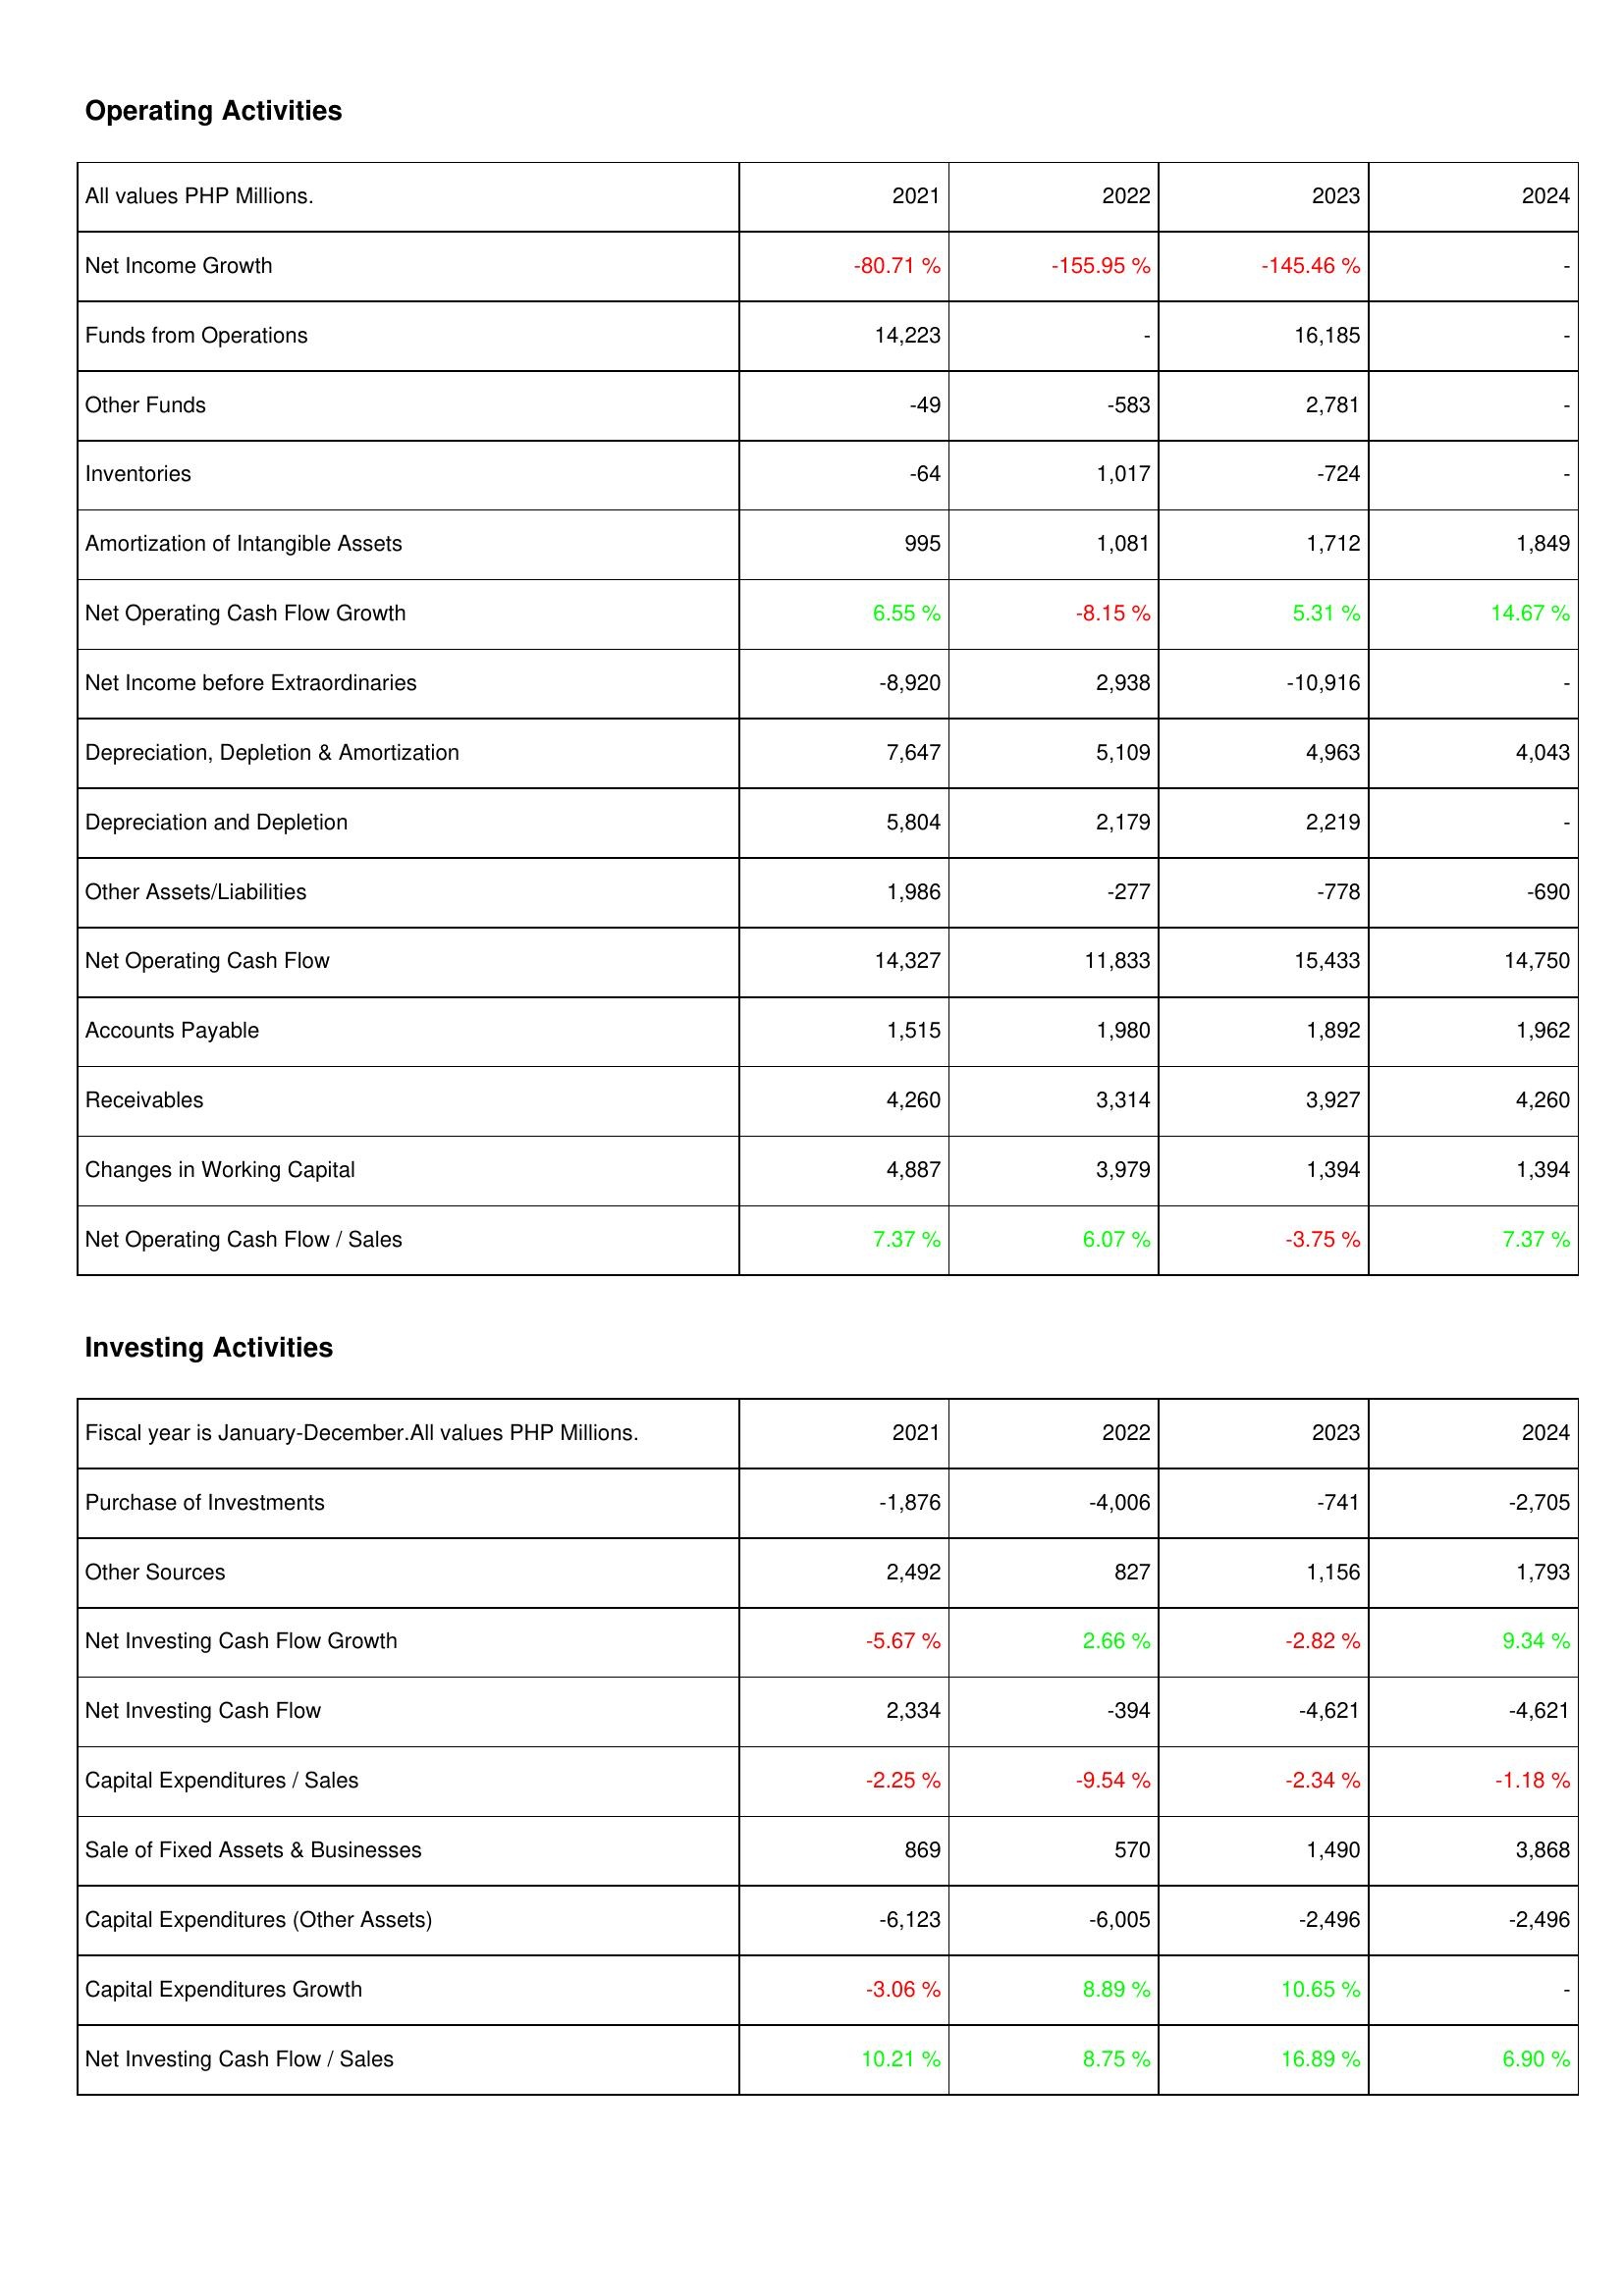
2021: Operating Activities: Net Income Growth: -80.71 %
Funds from Operations: 14,223
Other Funds: -49
Inventories: -64
Amortization of Intangible Assets: 995
Net Operating Cash Flow Growth: 6.55 %
Net Income before Extraordinaries: -8,920
Depreciation, Depletion & Amortization: 7,647
Depreciation and Depletion: 5,804
Other Assets/Liabilities: 1,986
Net Operating Cash Flow: 14,327
Accounts Payable: 1,515
Receivables: 4,260
Changes in Working Capital: 4,887
Net Operating Cash Flow / Sales: 7.37 %
Investing Activities: Purchase of Investments: -1,876
Other Sources: 2,492
Net Investing Cash Flow Growth: -5.67 %
Net Investing Cash Flow: 2,334
Capital Expenditures / Sales: -2.25 %
Sale of Fixed Assets & Businesses: 869
Capital Expenditures (Other Assets): -6,123
Capital Expenditures Growth: -3.06 %
Net Investing Cash Flow / Sales: 10.21 %
2022: Operating Activities: Net Income Growth: -155.95 %
Funds from Operations: -
Other Funds: -583
Inventories: 1,017
Amortization of Intangible Assets: 1,081
Net Operating Cash Flow Growth: -8.15 %
Net Income before Extraordinaries: 2,938
Depreciation, Depletion & Amortization: 5,109
Depreciation and Depletion: 2,179
Other Assets/Liabilities: -277
Net Operating Cash Flow: 11,833
Accounts Payable: 1,980
Receivables: 3,314
Changes in Working Capital: 3,979
Net Operating Cash Flow / Sales: 6.07 %
Investing Activities: Purchase of Investments: -4,006
Other Sources: 827
Net Investing Cash Flow Growth: 2.66 %
Net Investing Cash Flow: -394
Capital Expenditures / Sales: -9.54 %
Sale of Fixed Assets & Businesses: 570
Capital Expenditures (Other Assets): -6,005
Capital Expenditures Growth: 8.89 %
Net Investing Cash Flow / Sales: 8.75 %
2023: Operating Activities: Net Income Growth: -145.46 %
Funds from Operations: 16,185
Other Funds: 2,781
Inventories: -724
Amortization of Intangible Assets: 1,712
Net Operating Cash Flow Growth: 5.31 %
Net Income before Extraordinaries: -10,916
Depreciation, Depletion & Amortization: 4,963
Depreciation and Depletion: 2,219
Other Assets/Liabilities: -778
Net Operating Cash Flow: 15,433
Accounts Payable: 1,892
Receivables: 3,927
Changes in Working Capital: 1,394
Net Operating Cash Flow / Sales: -3.75 %
Investing Activities: Purchase of Investments: -741
Other Sources: 1,156
Net Investing Cash Flow Growth: -2.82 %
Net Investing Cash Flow: -4,621
Capital Expenditures / Sales: -2.34 %
Sale of Fixed Assets & Businesses: 1,490
Capital Expenditures (Other Assets): -2,496
Capital Expenditures Growth: 10.65 %
Net Investing Cash Flow / Sales: 16.89 %
2024: Operating Activities: Net Income Growth: -
Funds from Operations: -
Other Funds: -
Inventories: -
Amortization of Intangible Assets: 1,849
Net Operating Cash Flow Growth: 14.67 %
Net Income before Extraordinaries: -
Depreciation, Depletion & Amortization: 4,043
Depreciation and Depletion: -
Other Assets/Liabilities: -690
Net Operating Cash Flow: 14,750
Accounts Payable: 1,962
Receivables: 4,260
Changes in Working Capital: 1,394
Net Operating Cash Flow / Sales: 7.37 %
Investing Activities: Purchase of Investments: -2,705
Other Sources: 1,793
Net Investing Cash Flow Growth: 9.34 %
Net Investing Cash Flow: -4,621
Capital Expenditures / Sales: -1.18 %
Sale of Fixed Assets & Businesses: 3,868
Capital Expenditures (Other Assets): -2,496
Capital Expenditures Growth: -
Net Investing Cash Flow / Sales: 6.90 %